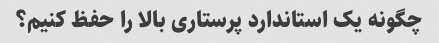
چگونه یک استاندارد پرستاری بالا را حفظ کنیم؟